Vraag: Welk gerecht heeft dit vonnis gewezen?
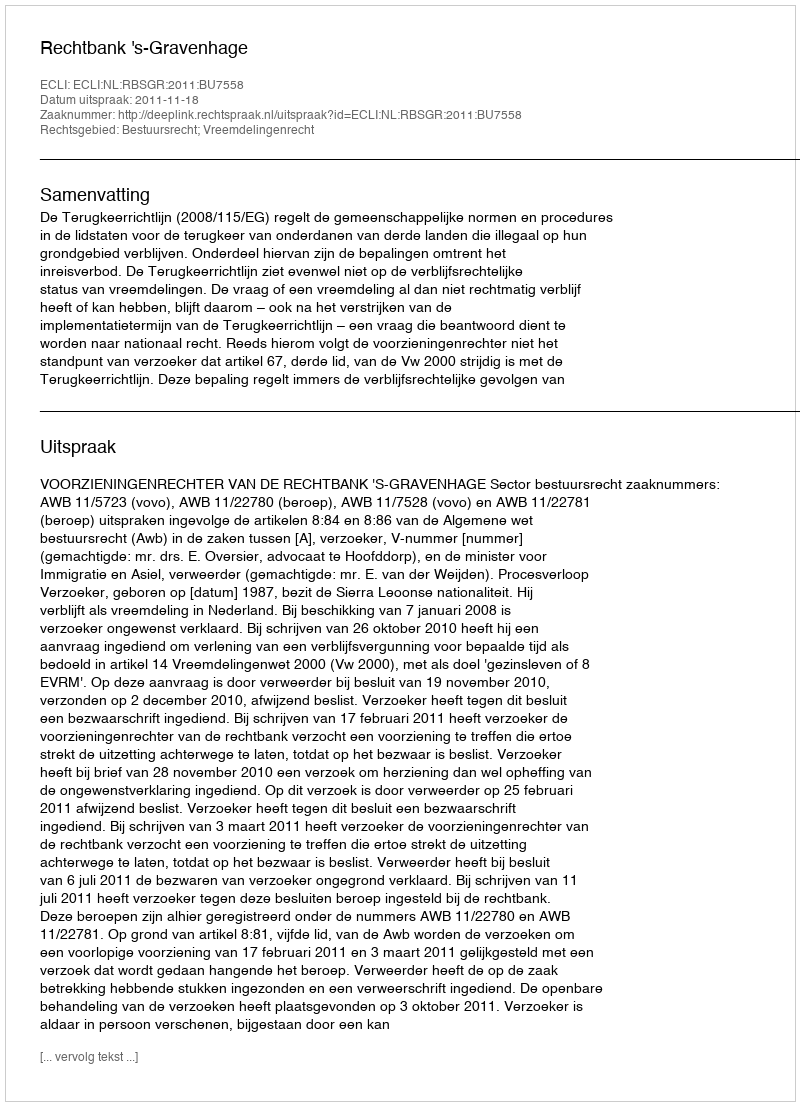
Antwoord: Rechtbank 's-Gravenhage